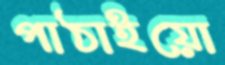
পাঠাইয়ো